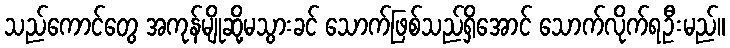
သည်ကောင်တွေ အကုန်မျိုဆို့မသွားခင် သောက်ဖြစ်သည်ရှိအောင် သောက်လိုက်ရဦးမည်။